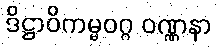
ဒိဋ္ဌာဝိကမ္မဝဂ္ဂ ဝဏ္ဏနာ